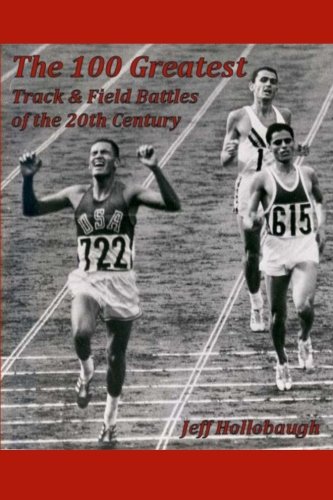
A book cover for The 100 Greatest Track & Field Battles of the 20th Century; J. Hollobaugh; Sports & Outdoors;